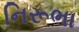
નિરૂભા